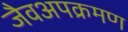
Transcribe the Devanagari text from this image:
जैवअपक्रमण